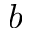
b